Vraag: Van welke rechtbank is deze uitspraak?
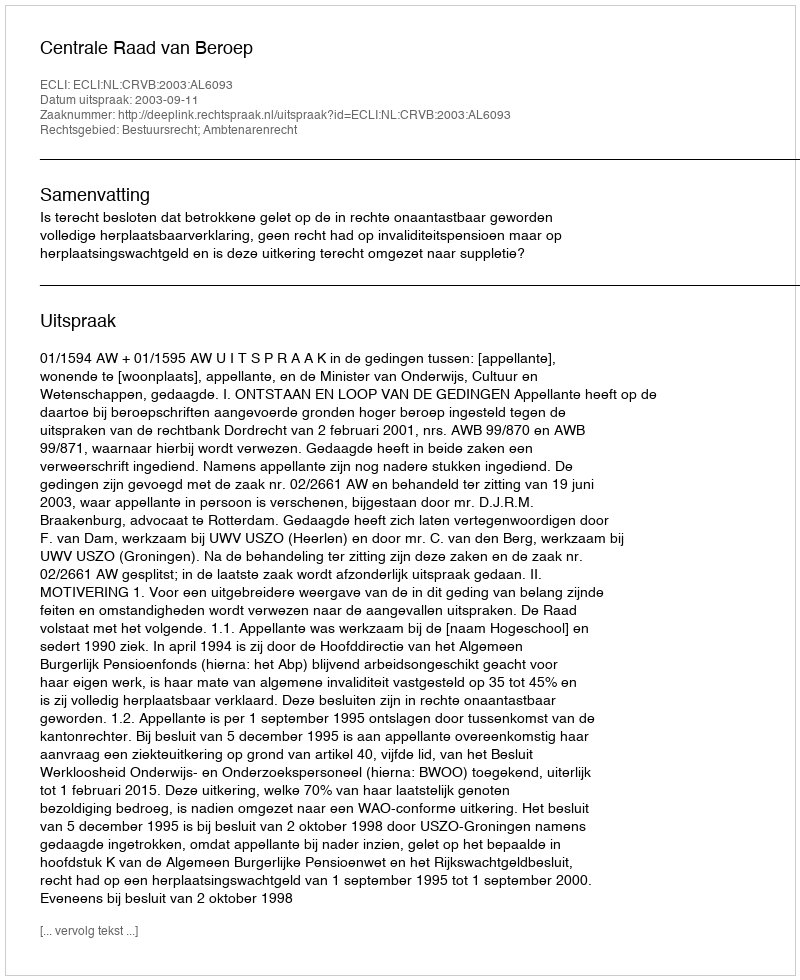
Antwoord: Centrale Raad van Beroep